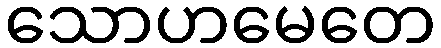
သောဟမေတေ